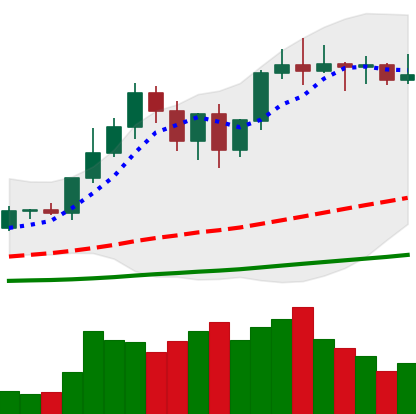
Ticker: LTC-USD
Chart end date: 2021-01-01
Forward return: 33.896%
Label: up_7plus